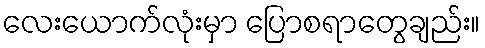
လေးယောက်လုံးမှာ ပြောစရာတွေချည်း။